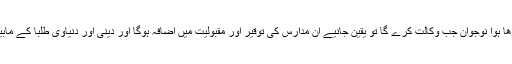
حافظ قرآن، حدیث،فقہ،منطق اور اصول پڑھا ہوا نوجوان جب وکالت کرے گا تو یقین جانیے ان مدارس کی توقیر اور مقبولیت میں اضافہ ہوگا اور دینی اور دنیاوی طلبا کے مابین کھینچی ہوئی لکیر بھی ختم ہوجائے گی۔